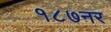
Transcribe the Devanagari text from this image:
१८७नर